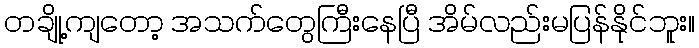
တချို့ကျတော့ အသက်တွေကြီးနေပြီ အိမ်လည်းမပြန်နိုင်ဘူး။